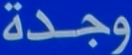
وجدة